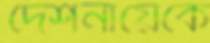
দেশনায়েকে